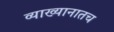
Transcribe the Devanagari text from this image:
व्याख्यानातच